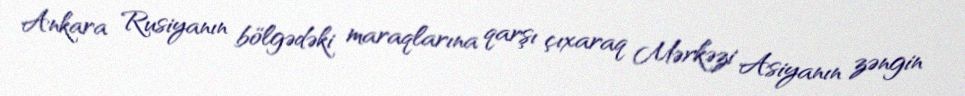
Ankara Rusiyanın bölgədəki maraqlarına qarşı çıxaraq Mərkəzi Asiyanın zəngin